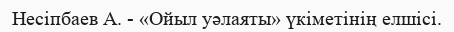
Несіпбаев А. - «Ойыл уәлаяты» үкіметінің елшісі.